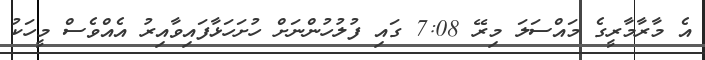
އެ މާރާމާރީގެ މައްސަލަ މިރޭ 7:08 ގައި ފުލުހުންނަށް ހުށަހަޅާފައިވާއިރު އެއްވެސް މީހަކު